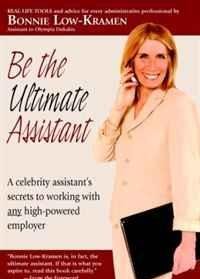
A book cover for Be the Ultimate Assistant: A celebrity assistant's secrets to working with any high-powered employer; Bonnie Low-Kramen; Business & Money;